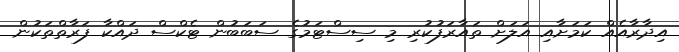
އިދާރާއެއް ކަމަށާއި އަލަށް ތައާރަފުކުރި މި ސިސްޓަމުގެ ސަބަބުން ޓެކްސް ދައްކާ ފަރާތްތަކުން